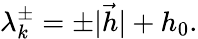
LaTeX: \lambda_{k}^{\pm}=\pm|{\vec{h}}|+h_{0}.